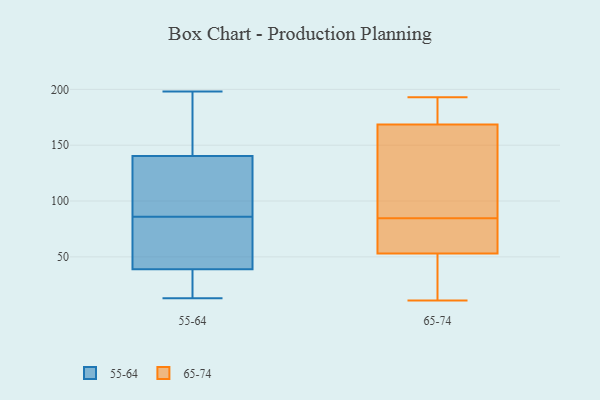
{"axis": {"x": "Operating Costs (USD K)", "y": "Value"}, "legend": ["55-64", "65-74"], "data": [{"x": "", "y": 147, "type": "55-64"}, {"x": "", "y": 13, "type": "55-64"}, {"x": "", "y": 49, "type": "55-64"}, {"x": "", "y": 100, "type": "55-64"}, {"x": "", "y": 19, "type": "55-64"}, {"x": "", "y": 43, "type": "55-64"}, {"x": "", "y": 27, "type": "55-64"}, {"x": "", "y": 57, "type": "55-64"}, {"x": "", "y": 125, "type": "55-64"}, {"x": "", "y": 138, "type": "55-64"}, {"x": "", "y": 86, "type": "55-64"}, {"x": "", "y": 169, "type": "55-64"}, {"x": "", "y": 14, "type": "55-64"}, {"x": "", "y": 78, "type": "55-64"}, {"x": "", "y": 198, "type": "55-64"}, {"x": "", "y": 87, "type": "55-64"}, {"x": "", "y": 179, "type": "55-64"}, {"x": "", "y": 170, "type": "65-74"}, {"x": "", "y": 179, "type": "65-74"}, {"x": "", "y": 91, "type": "65-74"}, {"x": "", "y": 187, "type": "65-74"}, {"x": "", "y": 66, "type": "65-74"}, {"x": "", "y": 167, "type": "65-74"}, {"x": "", "y": 11, "type": "65-74"}, {"x": "", "y": 13, "type": "65-74"}, {"x": "", "y": 63, "type": "65-74"}, {"x": "", "y": 78, "type": "65-74"}, {"x": "", "y": 43, "type": "65-74"}, {"x": "", "y": 193, "type": "65-74"}, {"x": "", "y": 140, "type": "65-74"}, {"x": "", "y": 121, "type": "65-74"}, {"x": "", "y": 70, "type": "65-74"}, {"x": "", "y": 12, "type": "65-74"}]}